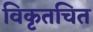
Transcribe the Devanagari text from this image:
विकृतचित